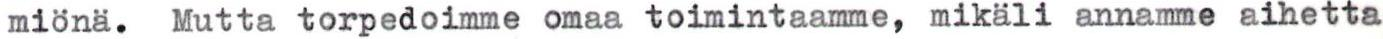
miönä. Mutta torpedoimme omaa toimintaamme, mikäli annamme aihetta